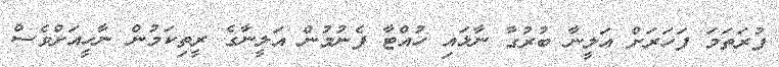
ފުރަތަމަ ފަހަރަށް އަލީނާ ބުރުގާ ނާޅައި ހުއްޓާ ފެނުމުން އަލީނާގެ ރީތިކަމުން ނާހީއަށްވެސް